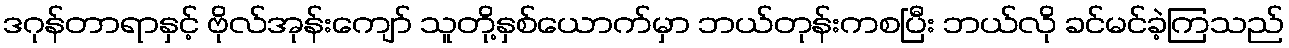
ဒဂုန်တာရာနှင့် ဗိုလ်အုန်းကျော် သူတို့နှစ်ယောက်မှာ ဘယ်တုန်းကစပြီး ဘယ်လို ခင်မင်ခဲ့ကြသည်